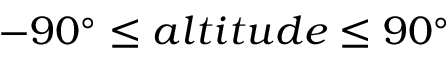
- 9 0 ^ { \circ } \leq a l t i t u d e \leq 9 0 ^ { \circ }